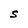
Character: S